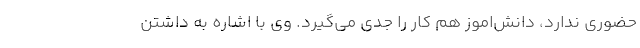
حضوری ندارد، دانش‌اموز هم کار را جدی می‌گیرد. وی با اشاره به داشتن